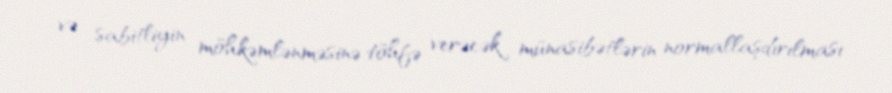
və sabitliyin möhkəmlənməsinə töhfə verəcək münasibətlərin normallaşdırılması